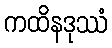
ကထိနဒုဿံ